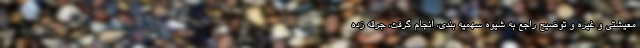
معیشتی و غیره و توضیح راجع به شیوه سهمیه بندی، انجام گرفت، جرقه زده